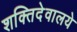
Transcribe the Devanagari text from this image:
शक्तिदेवालये